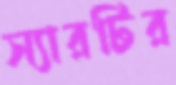
স্যারটির